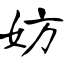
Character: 妨